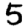
Digit: 5